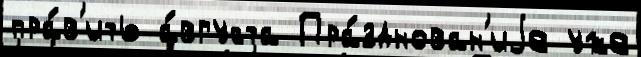
пра́в'ить а́вгуста Пра́зднован'иjе уже